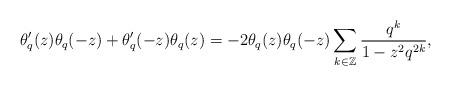
LaTeX: \begin{align*} \theta_{q}'(z)\theta_{q}(-z)+\theta_{q}'(-z)\theta_{q}(z)=-2\theta_{q}(z)\theta_{q}(-z)\sum_{k\in\mathbb{Z}}\frac{q^{k}}{1-z^{2}q^{2k}}, \end{align*}